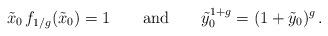
LaTeX: \begin{align*} \tilde{x}_0 \, f_{1/g} ( \tilde{x}_0) = 1 \qquad {\rm and} \qquad \tilde{y}_0^{1+g} = ( 1+\tilde{y}_0 )^g \,.\end{align*}